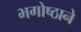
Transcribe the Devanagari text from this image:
भगोष्ठाने